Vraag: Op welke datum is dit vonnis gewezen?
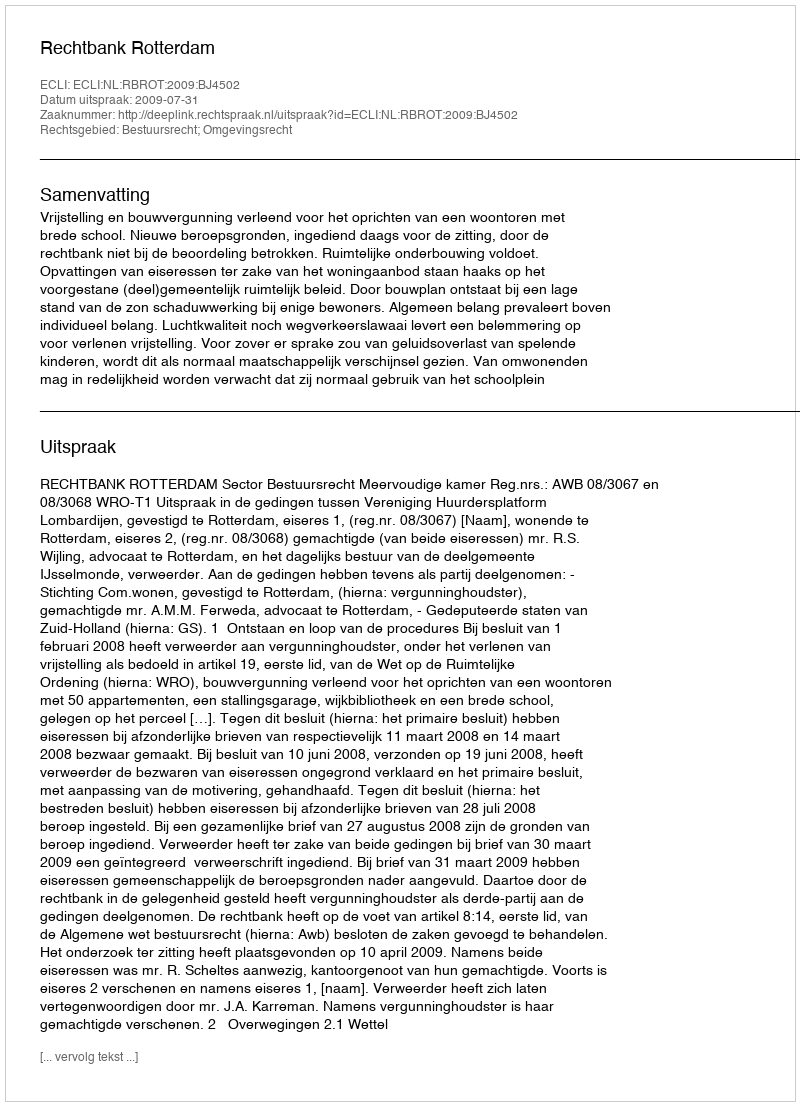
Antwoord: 2009-07-31